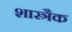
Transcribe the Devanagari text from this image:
शास्त्रैक